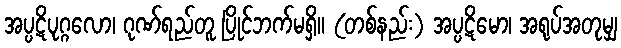
အပ္ပဋိပုဂ္ဂလော၊ ဂုဏ်ရည်တူ ပြိုင်ဘက်မရှိ။ (တစ်နည်း) အပ္ပဋိမော၊ အရုပ်အတုမျှ